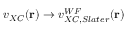
v _ { X C } ( \mathbf { r } ) \to v _ { X C , S l a t e r } ^ { W F } ( \mathbf { r } )